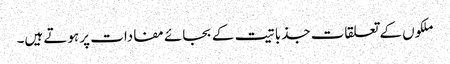
ملکوں کے تعلقات جذباتیت کے بجائے مفادات پر ہوتے ہیں۔